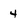
Character: 4